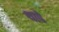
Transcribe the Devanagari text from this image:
थापे